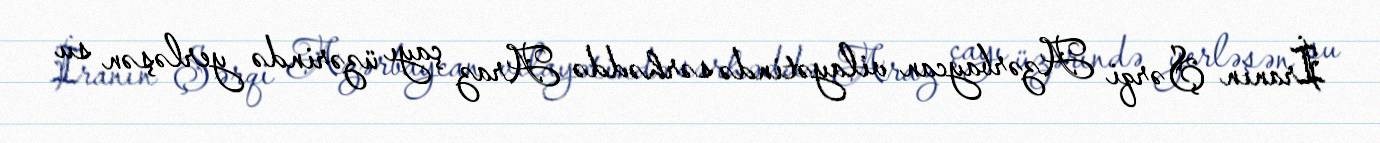
İranın Şərqi Azərbaycan vilayətində sərhəddə Araz çayı üzərində yerləşən su